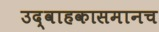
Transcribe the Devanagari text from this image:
उद्वाहकासमानच